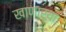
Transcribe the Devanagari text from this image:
खाणार्या